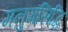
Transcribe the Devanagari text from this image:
मनुमसिद्धि